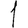
Digit: 1